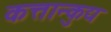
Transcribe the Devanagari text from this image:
कत्तान्कुद्य